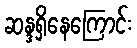
ဆန္ဒရှိနေကြောင်း